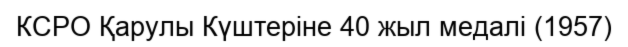
КСРО Қарулы Күштеріне 40 жыл медалі (1957)